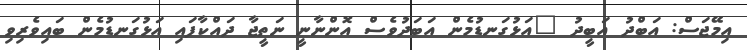
އިމޭޖަސް: އަބްދު އަބީދު "އަޅުގަނޑުމެން އަބަދުވެސް އޮންނާނީ ނަތީޖާ ދައްކާފައި އަޅުގަނޑުމެން ބައިވެރިވި